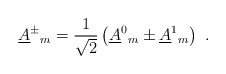
\begin{align*}\underline{A}^\pm {}_m=\frac{1}{\sqrt{2}}\left(\underline{A}^0{}_m\pm \underline{A}^1{}_m\right)\ .\end{align*}